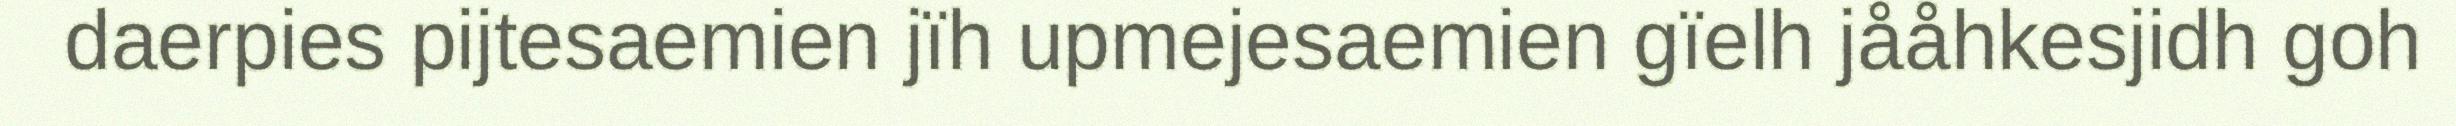
daerpies pijtesaemien jïh upmejesaemien gïelh jååhkesjidh goh